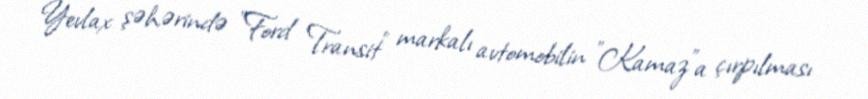
Yevlax şəhərində "Ford Transit" markalı avtomobilin "Kamaz"a çırpılması